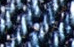
مرحبا